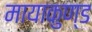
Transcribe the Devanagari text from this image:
मायाकुण्ड